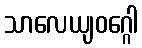
သာလေယျဝဂ္ဂေါ